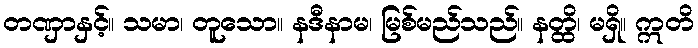
တဏှာနှင့်။ သမာ၊ တူသော။ နဒီနာမ၊ မြစ်မည်သည်။ နတ္ထိ၊ မရှိ။ ဣတိ